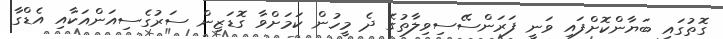
ގޮތުގައި ބަޔާންކޮށްފައި ވަނީ ފަރަންސޭސިވިލާތުގެ ދެ މީހުން ކަމަށްވާ ގޮޑަޒިން ސަރުގެސިއަންއަކާއި އެޑްގާ